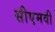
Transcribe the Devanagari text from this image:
सीएमवी